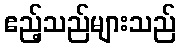
ဧည့်သည်များသည်